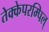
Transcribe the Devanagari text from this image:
तेक्केपरम्पिल्